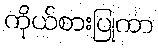
ကိုယ်စားပြုကာ